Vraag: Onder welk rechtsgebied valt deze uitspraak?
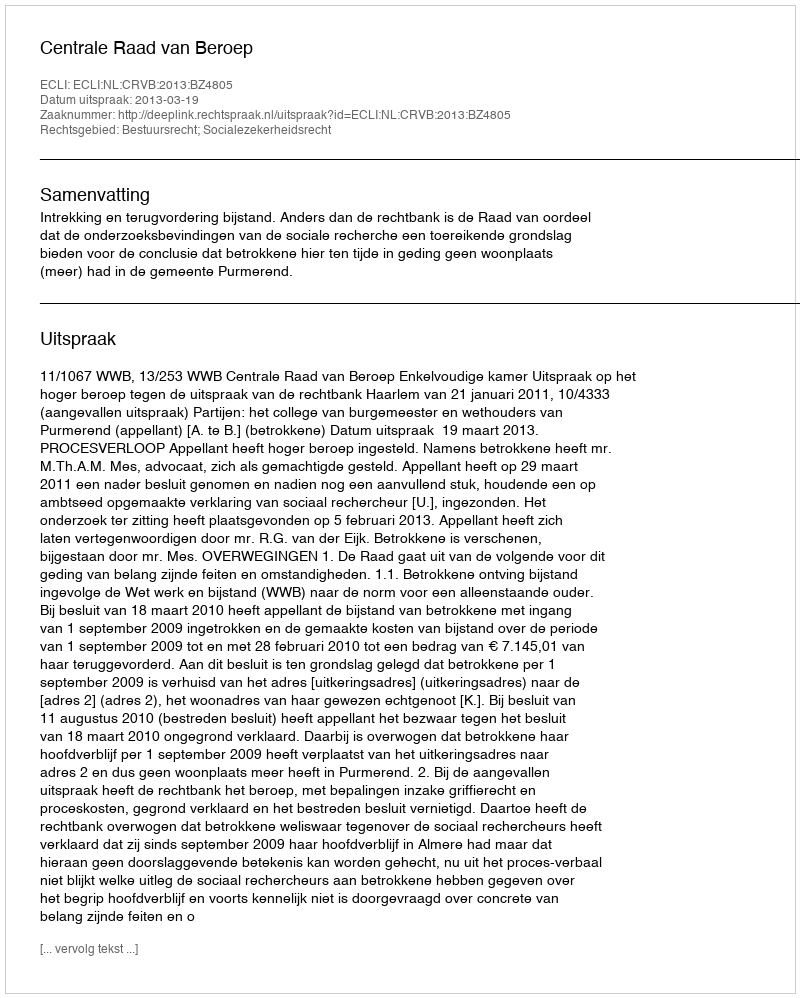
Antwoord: Bestuursrecht; Socialezekerheidsrecht